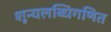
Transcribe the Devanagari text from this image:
शून्यलब्धिगणित